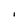
Character: I